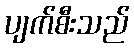
ပျက်စီးသည်